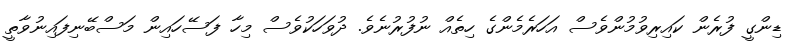
ޑިންގީ ފުރެން ކައިރިވުމުންވެސް އަހަރެމެންގެ ހިތެއް ނުފުރުނެވެ. ދުވަހަކުވެސް މިހާ ފަސޭހައިން މަސްބޭނިފައިނުވާތީ